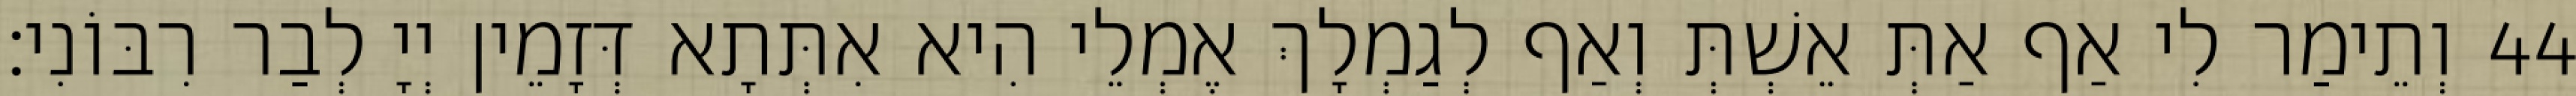
44 וְתֵימַר לִי אַף אַתְּ אֵשְׁתְּ וְאַף לְגַמְלָךְ אֶמְלֵי הִיא אִתְּתָא דְּזָמֵין יְיָ לְבַר רִבּוֹנִי׃